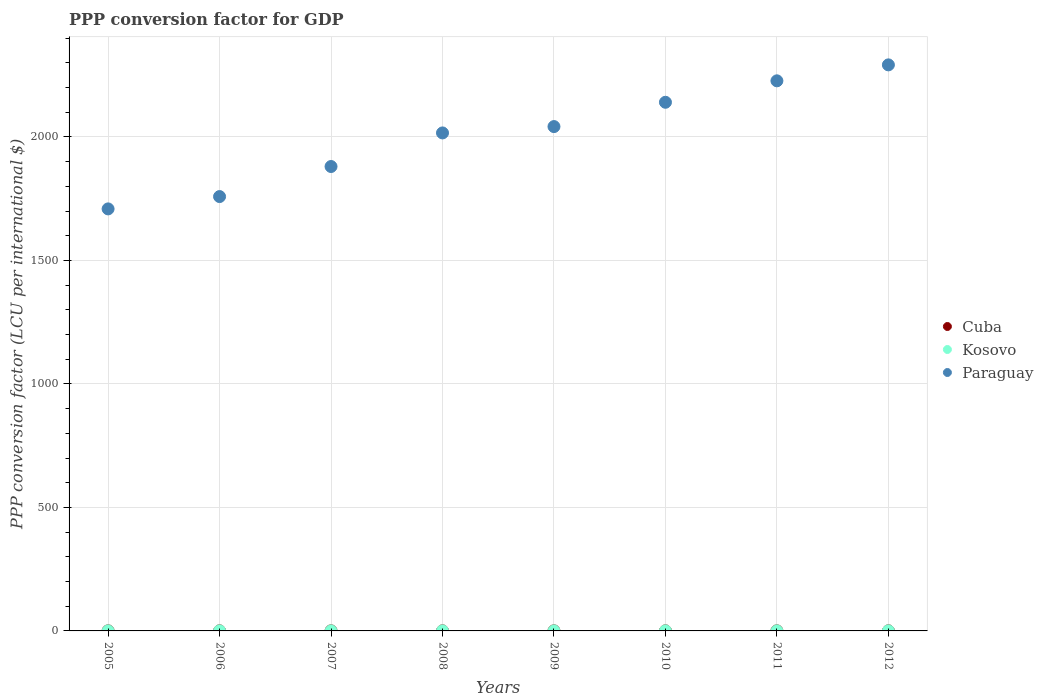
| Years | Cuba | Kosovo | Paraguay |
 | --- | --- | --- | --- |
 | 2005 | 0.299 | 0.295 | 1.71e+03 |
 | 2006 | 0.32 | 0.296 | 1.76e+03 |
 | 2007 | 0.323 | 0.292 | 1.88e+03 |
 | 2008 | 0.315 | 0.307 | 2.02e+03 |
 | 2009 | 0.315 | 0.309 | 2.04e+03 |
 | 2010 | 0.315 | 0.319 | 2.14e+03 |
 | 2011 | 0.322 | 0.327 | 2.23e+03 |
 | 2012 | 0.325 | 0.328 | 2.29e+03 |